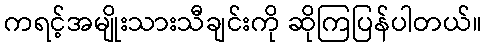
ကရင့်အမျိုးသားသီချင်းကို ဆိုကြပြန်ပါတယ်။